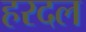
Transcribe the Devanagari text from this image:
हरदल